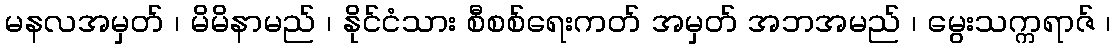
မနလအမှတ် ၊ မိမိနာမည် ၊ နိုင်ငံသား စီစစ်ရေးကတ် အမှတ် အဘအမည် ၊ မွေးသက္ကရာဇ် ၊